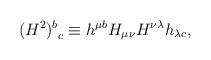
LaTeX: \begin{align*}(H^2)^b_{~c} \equiv h^{\mu b} H_{\mu \nu} H^{\nu \lambda} h_{\lambda c},\end{align*}